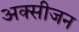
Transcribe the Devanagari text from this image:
अक्‍सीजन